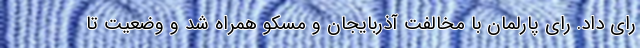
رای داد. رای پارلمان با مخالفت آذربایجان و مسکو همراه شد و وضعیت تا